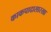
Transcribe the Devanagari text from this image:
काकपादासारखा